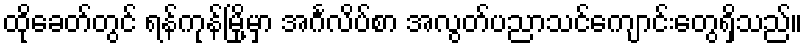
ထိုခေတ်တွင် ရန်ကုန်မြို့မှာ အင်္ဂလိပ်စာ အလွတ်ပညာသင်ကျောင်းတွေရှိသည်။